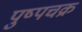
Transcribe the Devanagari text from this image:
पुष्पचक्र